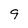
Character: 9